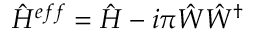
\hat { H } ^ { e f f } = \hat { H } - i \pi \hat { W } \hat { W } ^ { \dagger }